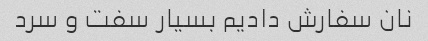
نان سفارش دادیم بسیار سفت و سرد